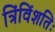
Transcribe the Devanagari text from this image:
त्रिंविंशतिः